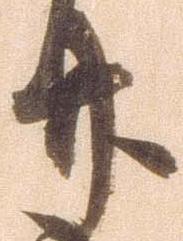
廿